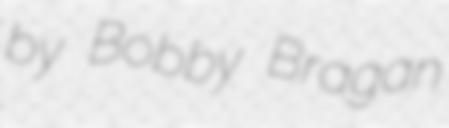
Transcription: by Bobby Bragan